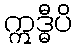
ဣဒ္ဓီပိ